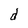
Character: d